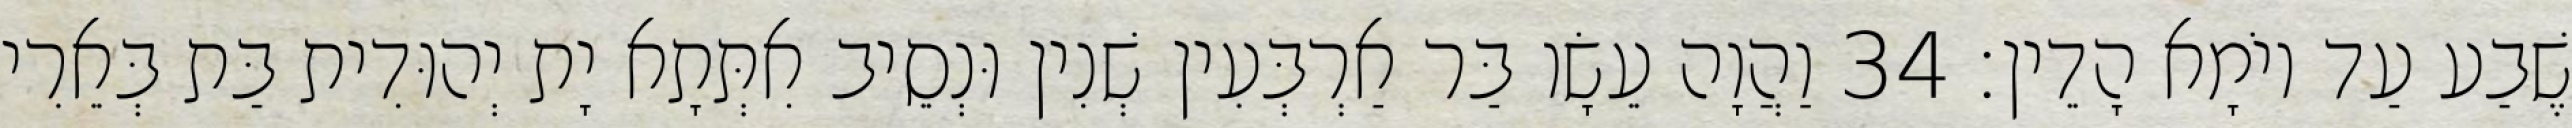
שֶׁבַע עַד יוֹמָא הָדֵין׃ 34 וַהֲוָה עֵשָׂו בַּר אַרְבְּעִין שְׁנִין וּנְסֵיב אִתְּתָא יָת יְהוּדִית בַּת בְּאֵרִי